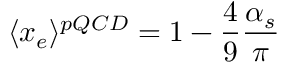
\langle x _ { e } \rangle { } ^ { p Q C D } = 1 - \frac { 4 } { 9 } \frac { \alpha _ { s } } { \pi }